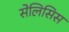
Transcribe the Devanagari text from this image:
सेलिसिस